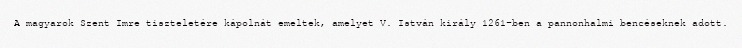
A magyarok Szent Imre tiszteletére kápolnát emeltek, amelyet V. István király 1261-ben a pannonhalmi bencéseknek adott.